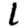
Digit: 1